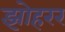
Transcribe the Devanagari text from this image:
झोहरर